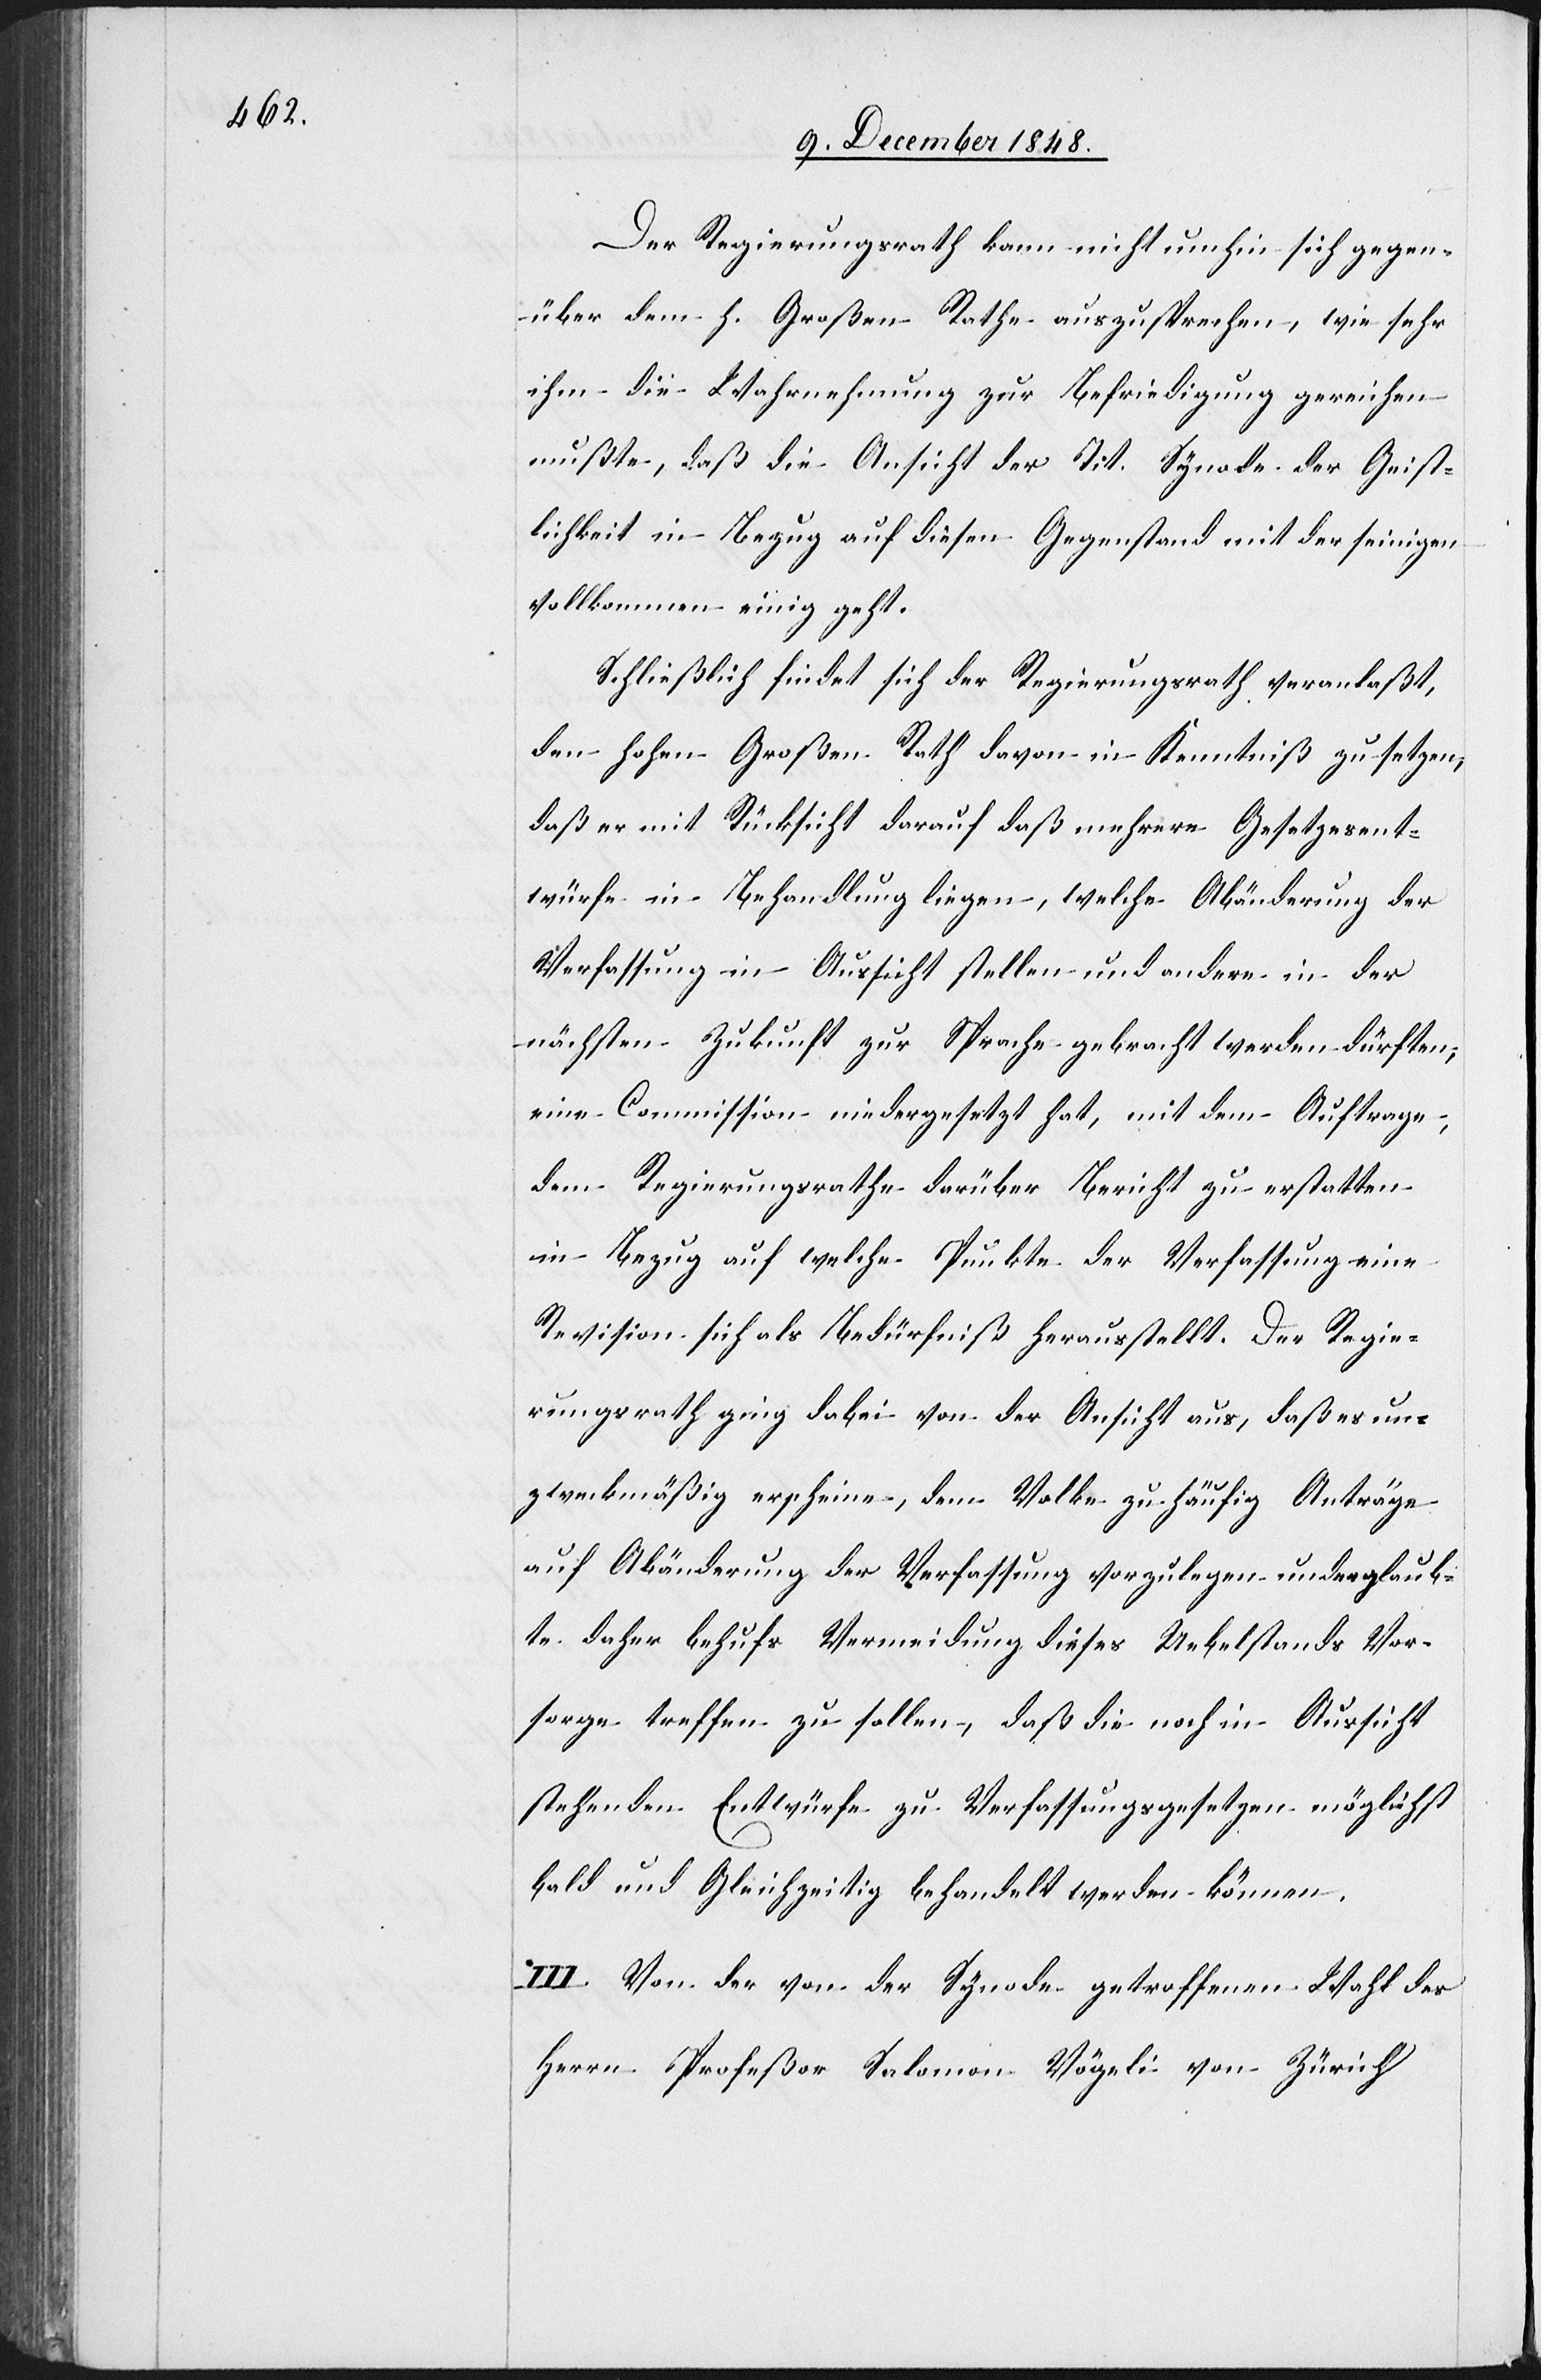
Der Regierungsrath kann nicht umhin sich gegen¬
über dem h. Großen Rathe auszusprechen, wie sehr
ihm die Wahrnehmung zur Befriedigung gereichen
mußte, daß die Ansicht der Tit. Synode der Geist¬
lichkeit in Bezug auf diesen Gegenstand mit der seinigen
vollkommen einig geht.
Schließlich findet sich der Regierungsrath veranlaßt,
den hohen Großen Rath davon in Kenntniß zu setzen,
daß er mit Rücksicht darauf daß mehrere Gesetzesent¬
würfe in Behandlung liegen, welche Abänderung der
Verfassung in Aussicht stellen und andere in der
nächsten Zukunft zur Sprache gebracht werden dürften;
eine Commission niedergesetzt hat, mit dem Auftrage,
dem Regierungsrathe darüber Bericht zu erstatten
in Bezug auf welche Punkte der Verfassung eine
Revision sich als Bedürfniß herausstellt. Der Regie¬
rungsrath ging dabei von der Ansicht aus, daß es un¬
zweckmäßig erscheine, dem Volke zu häufig Anträge
auf Abänderung der Verfassung vorzulegen und er glaub¬
te daher behufs Vermeidung dieses Uebelstands Vor¬
sorge treffen zu sollen, daß die noch in Aussicht
stehenden Entwürfe zu Verfassungsgesetzen möglichst
bald und gleichzeitig behandelt werden können.
III. Von der von der Synode getroffenen Wahl des
Herrn Profeßor Salomon Vögeli von Zürich